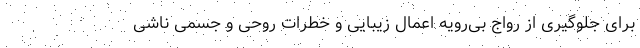
برای جلوگیری از رواج بی‌رویه اعمال زیبایی و خطرات روحی و جسمی ناشی